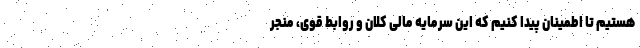
هستیم تا اطمینان پیدا کنیم که این سرمایه مالی کلان و روابط قوی، منجر